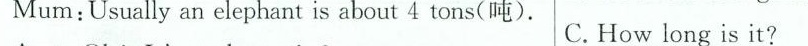
Mum:Usually an elephant is about 4 tons(吨). C. How long is it?